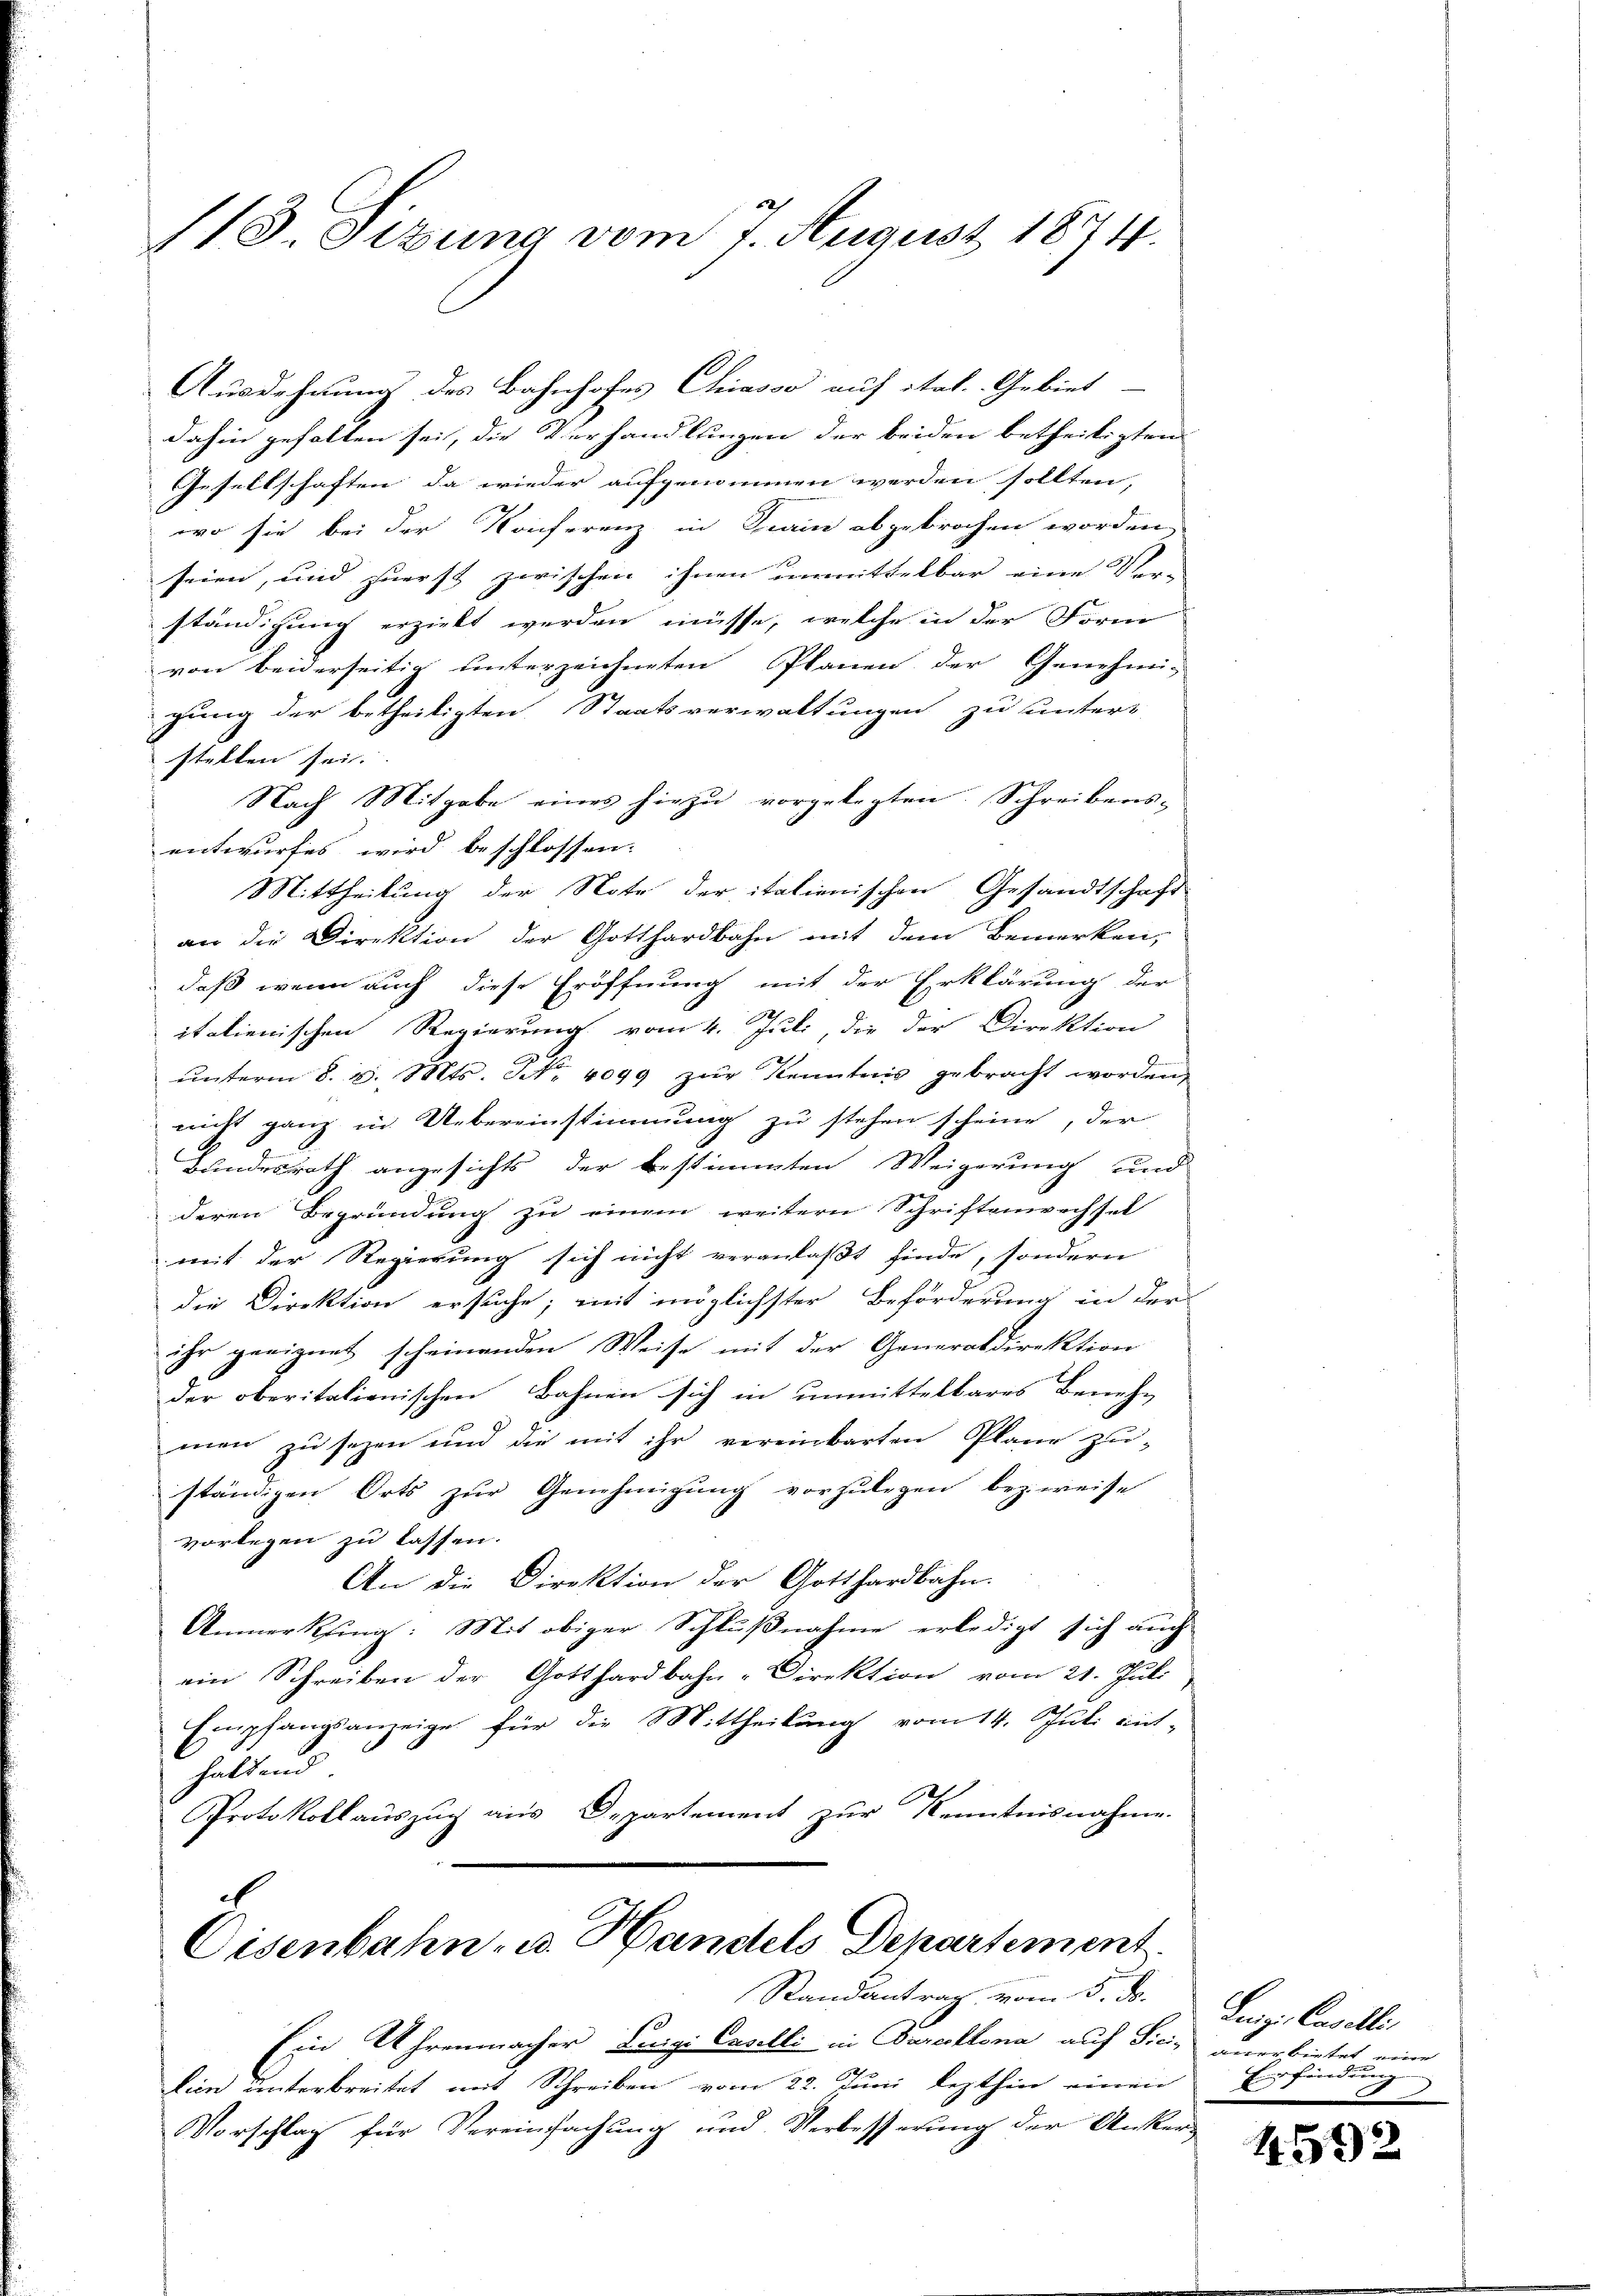
113 Stzung vom 7. August 1874.

Ausdehnung des Bahnhofes Chiasso auf itat. Gebiet
dahin gehalten sei, die Verhandlungen der beiden betheiligten
Gesellschaften, da wieder aufgenommen werden sollten,
wo sie bei der Konferenz in Dein abgebrochen worden,
seien, und zuerst zwischen ihnen unmittelbar eine Ver-
ständigung erzieht werden müsse, welche in der Form
von beiderseitig unterzeichneten Planen der Genehmi-
gung der betheiligten Staatsverwaltungen zu unters
stellen sei.
Nach Mitgabe eines hiezu vorgelegten Schreibens-
entwurfes wird beschlossen:
Mittheilung der Note der italienischen Gesandtschaft
an die Direktion der Gotthardbahn mit dem Bemerken,
daß wenn auch diese Eröffnung mit der Erklärung der
italienischen Regierung vom 4. Juli, die der Direktion
ŭnterm 8. d. Mts. No. 4099 zŭr Kenntnis gebracht worden,
nicht ganz in Uebereinstimmung zu stehen scheine, der
Bundesrath angesichts der bestimmten Weigerung und
deren Begründung zu einem weitern Schriftenwechsel
mit der Regierung sich nicht veranlaßt finde, sondern
die Direktion ersuche; mit möglichster Beförderung in der
ihr geeignet scheinenden Weise mit der Generaldirektion
der oberitationischen Bahnen sich in unmittelbares Beneh-
2
men zu sezen und die mit ihr vereinbarten Plane zu-
ständigen Orts zŭr Genehmigŭng vorzŭlegen bezweise
vorlegen zu lassen.
An die Direktion der Gotthardbahn.
Anmerkung: Mit obiger Schlußnahme erledigt sich auch
ein Schreiben der Gotthardbahn-Direktion vom 21. Juli
Empfangsanzeige für die Mittheilung vom 14. Juli ent-
haltend
Protokollauszug aus Departement zur Kenntnisnahme.

Eisenbahn- u. Handels Departement

Randantrag vom 5. ds.
Ein Uhrenmacher Luigi Caselli in Pareillona auf Sicilien unterbreitet mit Schreiben vom 22. Juni lezthin einen
Vorschlag für Vereinfachung und Verbesserung der Anker¬

Luigi Cavalli,
anerbietet eine
Frordnun
.
Eig
F

459